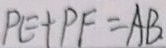
P E + P F = A B